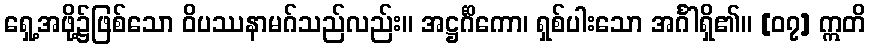
ရှေ့အဖို့၌ဖြစ်သော ဝိပဿနာမဂ်သည်လည်း။ အဋ္ဌင်္ဂိကော၊ ရှစ်ပါးသော အင်္ဂါရှိ၏။ [၀၇] ဣတိ